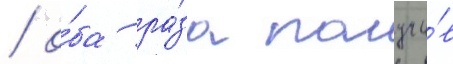
/ о́ба ра́за получи́в